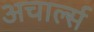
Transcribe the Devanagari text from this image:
अचार्ल्स